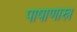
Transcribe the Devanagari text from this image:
पाषाणास्र